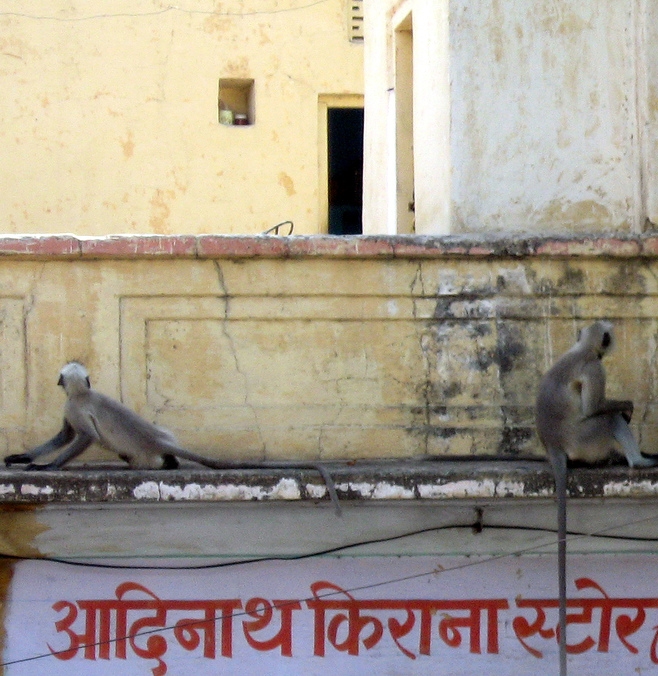
Language: hindi
Transcription: स्टोर किराना